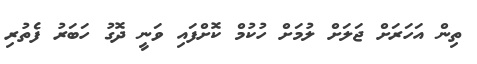
ތިން އަހަރަށް ޖަލަށް ލުމަށް ހުކުމް ކޮށްފައި ވަނީ ދޮގު ހަބަރު ފެތުރި